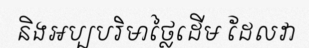
និងអប្បបរិមាថ្លៃដើម ដែលវា